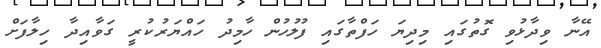
އޭނާ ވިދާޅުވި ގޮތުގައި މިދިޔަ ހަފްތާގައި ފުލުހުން ހާމިދު ހައްޔަރުކުރީ ގަވާއިދާ ހިލާފަށް